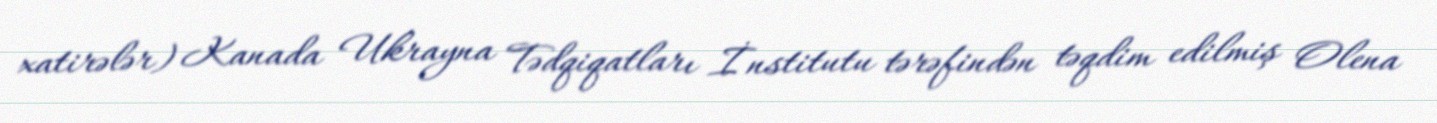
xatirələr) Kanada Ukrayna Tədqiqatları İnstitutu tərəfindən təqdim edilmiş Olena